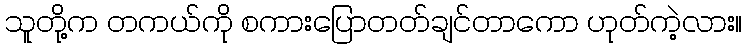
သူတို့က တကယ်ကို စကားပြောတတ်ချင်တာကော ဟုတ်ကဲ့လား။